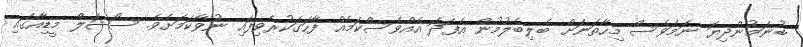
ބުނަމުންދިޔަ ނަމަވެސް މިހާތަނަށް ބެލިބެލުމުން އެފަދަ އެއްވެސްކަމެއް ފާހަގަކުރެވިފައި ނުވާކަމަށެވެ. ސޯޝަލް މީޑިއާގައި